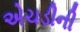
એચડીની